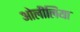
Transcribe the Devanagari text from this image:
ओलीलिया